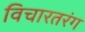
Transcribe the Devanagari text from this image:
विचारतरंग